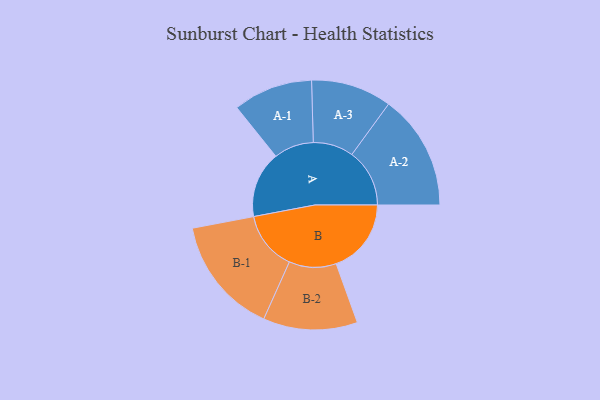
{"axis": {"x": "Segment", "y": "Value"}, "legend": ["", "A", "B"], "data": [{"x": "A", "y": 263, "type": ""}, {"x": "B", "y": 298, "type": ""}, {"x": "A-1", "y": 158, "type": "A"}, {"x": "A-2", "y": 229, "type": "A"}, {"x": "A-3", "y": 160, "type": "A"}, {"x": "B-1", "y": 234, "type": "B"}, {"x": "B-2", "y": 187, "type": "B"}]}